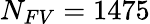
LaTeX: {N_{FV}=1475}